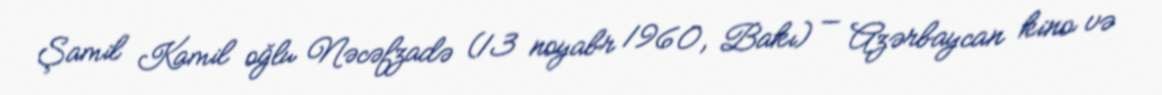
Şamil Kamil oğlu Nəcəfzadə (13 noyabr 1960, Bakı) — Azərbaycan kino və